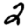
Digit: 2